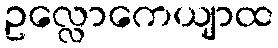
ဥလ္လောကေယျာထ